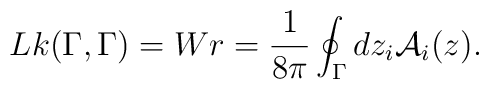
Lk(\Gamma ,\Gamma )=Wr=\frac{1}{8\pi}\oint_{\Gamma} dz_i{\mathcal{A}}_i(z).